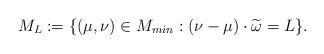
LaTeX: \begin{align*} \begin{aligned} & M_L := \{ (\mu , \nu )\in M _{min}: (\nu - \mu ) \cdot \widetilde{\omega} =L \} .\end{aligned} \end{align*}